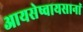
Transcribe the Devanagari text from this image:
आयसेष्वायसानां